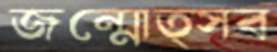
জন্মোত্সব